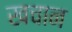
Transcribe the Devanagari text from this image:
खचान